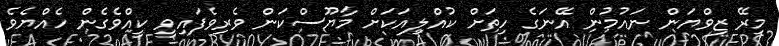
މިރޭ ޒިވްޔަން ނައުމުން އޭނަގެ ހިތަށް ކުއްލިއަކަށް މާޔޫސްކަން ވެރިވެފައިވީ ކީއްވެގެން ހެއްޔެވެ